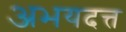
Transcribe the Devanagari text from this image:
अभयदत्त